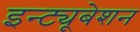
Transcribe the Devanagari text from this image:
इन्ट्यूबेशन